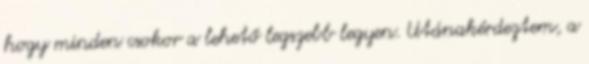
hogy minden csokor a lehető legszebb legyen. Utánakérdeztem, a